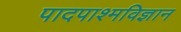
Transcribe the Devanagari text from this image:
पादपाश्मविज्ञान